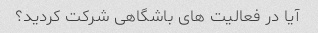
آیا در فعالیت های باشگاهی شرکت کردید؟